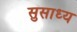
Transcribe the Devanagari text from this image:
सुसाध्‍य